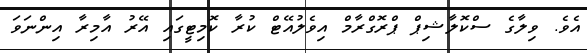
އެވެ. ވިލާގެ ސްކޮލާޝިޕް ޕްރޮގްރާމް އިވެލުއޭޓް ކުރާ ކޮމިޓީގައި އޭރު އާމިރާ އިންނަވަ